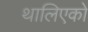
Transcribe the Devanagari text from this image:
थालिएको